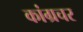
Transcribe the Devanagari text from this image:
कांग्रचर